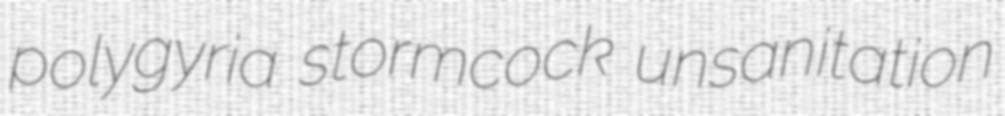
polygyria stormcock unsanitation